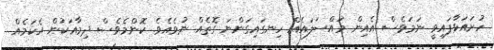
ހުށައަޅާފައިވީ ނަމަވެސް އެއިން މައްސަލައެއް ހިނގައިގަންނަަ ގޮތެއް ނުވެއެވެ. ކޮންމެވެސް ދިމާއަކުން އެކަމެއް